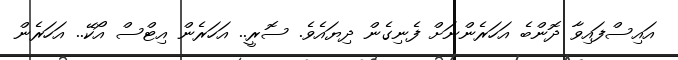
އައިސްފައިވާ ދޮންބެ އަހަރެންނަށް ފެނިގެން ދިޔައެވެ. ސޮރީ.. އަހަރެން އިޓްސް އޯކޭ.. އަހަރެން